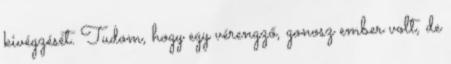
kivégzését. Tudom, hogy egy vérengző, gonosz ember volt, de